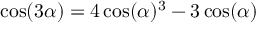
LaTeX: \cos ( 3 \alpha ) = 4 \cos ( \alpha ) ^ { 3 } - 3 \cos ( \alpha )